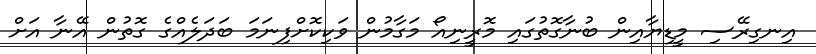
އިނގިރޭސި މީޑިޔާއިން ބުނާގޮތުގައި މޮރީނިއޯ މަގާމުން ވަކިކޮށްފިނަމަ ބަދަލެއްގެ ގޮތުން އޭނާ އަށް